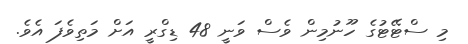
މި ސްޓޭޓުގެ ހޫނުމިން ވެސް ވަނީ 48 ޑިގްރީ އަށް މަތިވެފަ އެވެ.